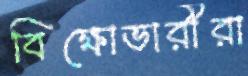
বিক্ষোভারীরা